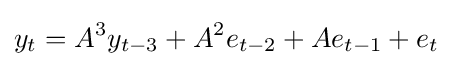
y_{t}=A^{3}y_{t-3}+A^{2}e_{t-2}+Ae_{t-1}+e_{t}